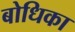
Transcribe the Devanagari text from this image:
बोधिका